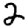
Digit: 2